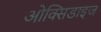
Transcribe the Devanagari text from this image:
ओक्सिडाइज